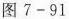
图7-91